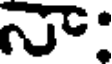
న: